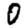
Digit: 0